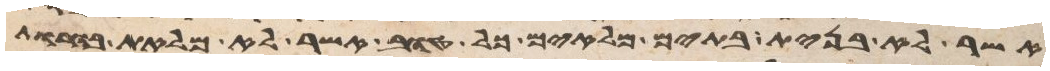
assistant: אשר לא בנית בתים מלאים כל טוב אשר לא מלאת בורות